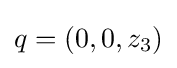
q=(0,0,z_{3})